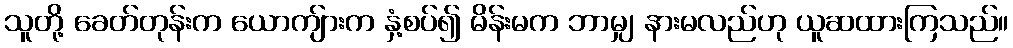
သူတို့ ခေတ်တုန်းက ယောကျ်ားက နှံ့စပ်၍ မိန်းမက ဘာမျှ နားမလည်ဟု ယူဆထားကြသည်။